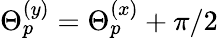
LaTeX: \Theta_{p}^{(y)}=\Theta_{p}^{(x)}+\pi/2